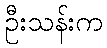
ဦးသန်းက